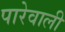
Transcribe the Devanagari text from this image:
पारेवाली